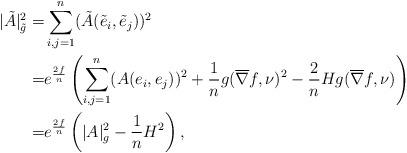
LaTeX: \begin{align*} |\tilde{A}|^2_{\tilde{g}}=&\sum_{i,j=1}^n(\tilde{A}(\tilde{e}_i,\tilde{e}_j))^2\\ =&e^{\frac{2f}n}\left(\sum_{i,j=1}^n(A(e_i,e_j))^2+\frac 1ng(\overline{\nabla}f,\nu)^2-\frac 2nHg(\overline{\nabla}f,\nu)\right)\\ =&e^{\frac{2f}n}\left(|A|_g^2-\frac 1nH^2\right),\end{align*}